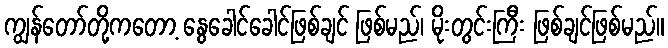
ကျွန်တော်တို့ကတော့ နွေခေါင်ခေါင်ဖြစ်ချင် ဖြစ်မည်၊ မိုးတွင်းကြီး ဖြစ်ချင်ဖြစ်မည်။